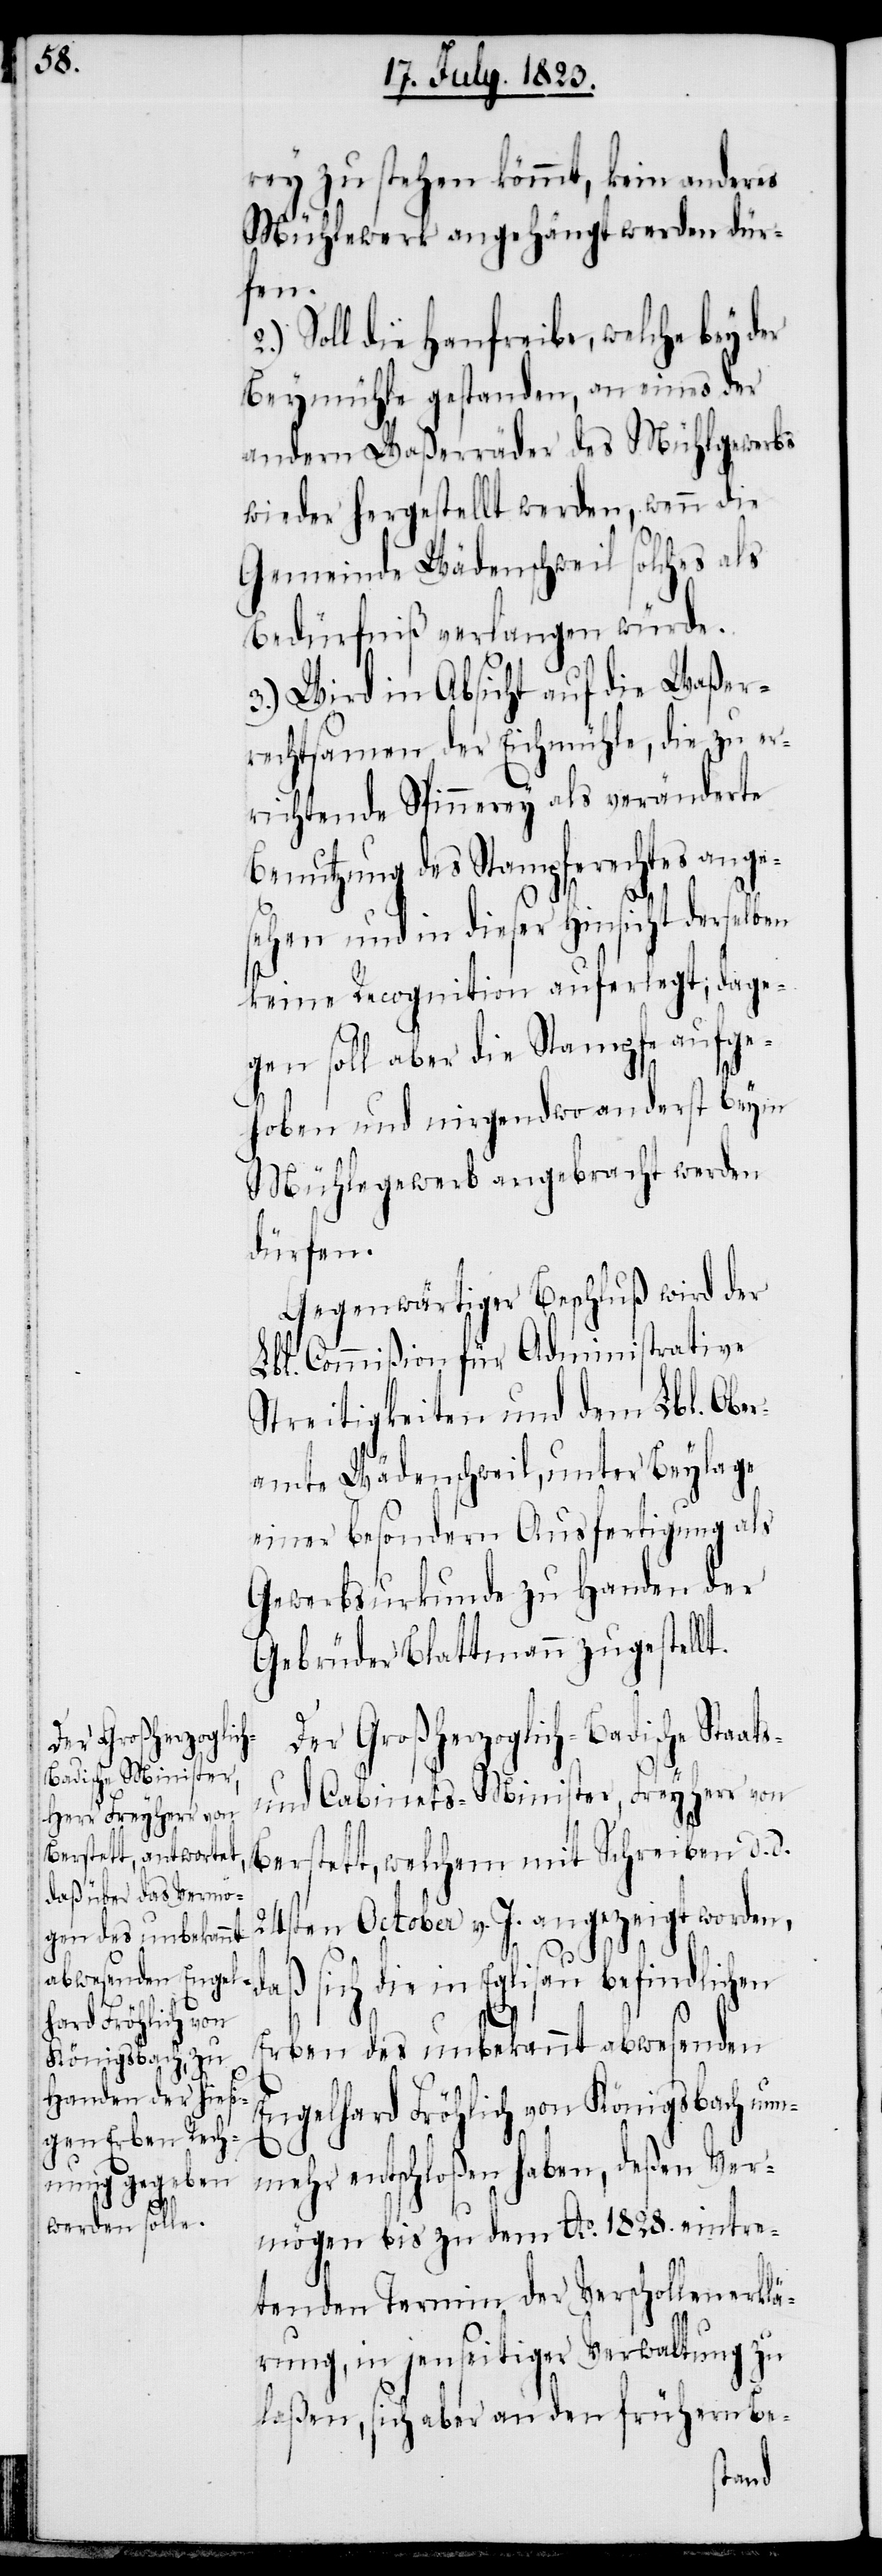
rey zu stehen kömmt, kein anderes
Mühlewerk angehängt werden dür¬
fen.
Soll die Hanfreibe, welche bey der
Beymühle gestanden, an eines der
andern Waßerräder des Mühlgewerbs
wieder hergestellt werden, wenn die
Gemeinde Wädenschweil solches als
Bedürfniß verlangen würde.
3.) Wird in Absicht auf die Waßer¬
rechtsamen der Eichmühle, die zu er¬
richtende Spinnerey als veränderte
Benutzung des Stampferechtes ange¬
sehen und in dieser Hinsicht derselben
keine Recognition auferlegt; dage¬
gen soll aber die Stampfe aufge¬
hoben und nirgendwo anderst beym
Mühlegewerb angebracht werden
dürfen.
Gegenwärtiger Beschluß wird der
Lbl. Commißion für Administrative
Streitigkeiten und dem Lbl. Ober¬
amte Wädenschweil, unter Beylage
einer besondern Ausfertigung als
Gewerbsurkunde zu Handen der
Gebrüder Blattmann zugestell¬
Der Großherzoglich-Badische Staats-
und Cabinets-Minister, Freyherr von
Berstett, welchem mit Schreiben d. d.
24sten October v. J. angezeigt worden,
Erben des unbekannt abwesenden
Engelhard Fröhlich von Königsbach nun¬
mehr entschloßen haben, deßen Ver¬
t.
mögen bis zu dem Ao. 1828. eintre¬
tenden Termin der Verschollenerklä¬
rung, in jenseitiger Verwaltung zu
laßen, sich aber an den frühern Be-